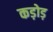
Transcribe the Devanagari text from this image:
कड़ोड़